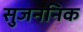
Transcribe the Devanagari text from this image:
सुजननिक